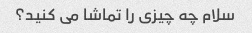
سلام چه چیزی را تماشا می کنید؟